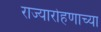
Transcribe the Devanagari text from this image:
राज्यारोहणाच्या